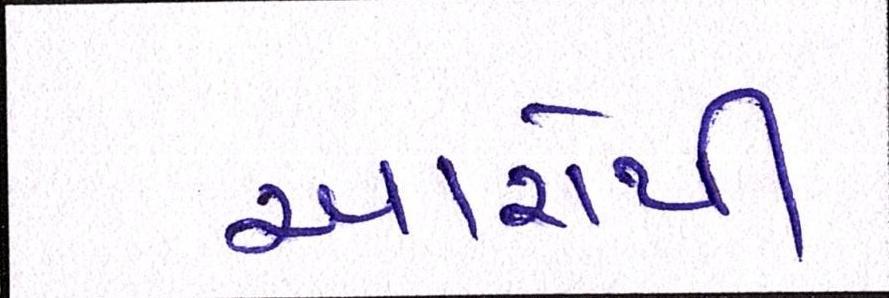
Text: આરોપી